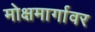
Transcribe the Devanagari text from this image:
मोक्षमार्गावर